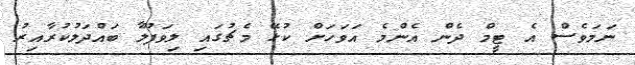
ނަމަވެސް އެ ޓީމް ދެން އެންމެ އަވަހަށް ކުޅޭ މެޗުގައި ލިވަޕޫލާ ބައްދަލުކުރާއިރު